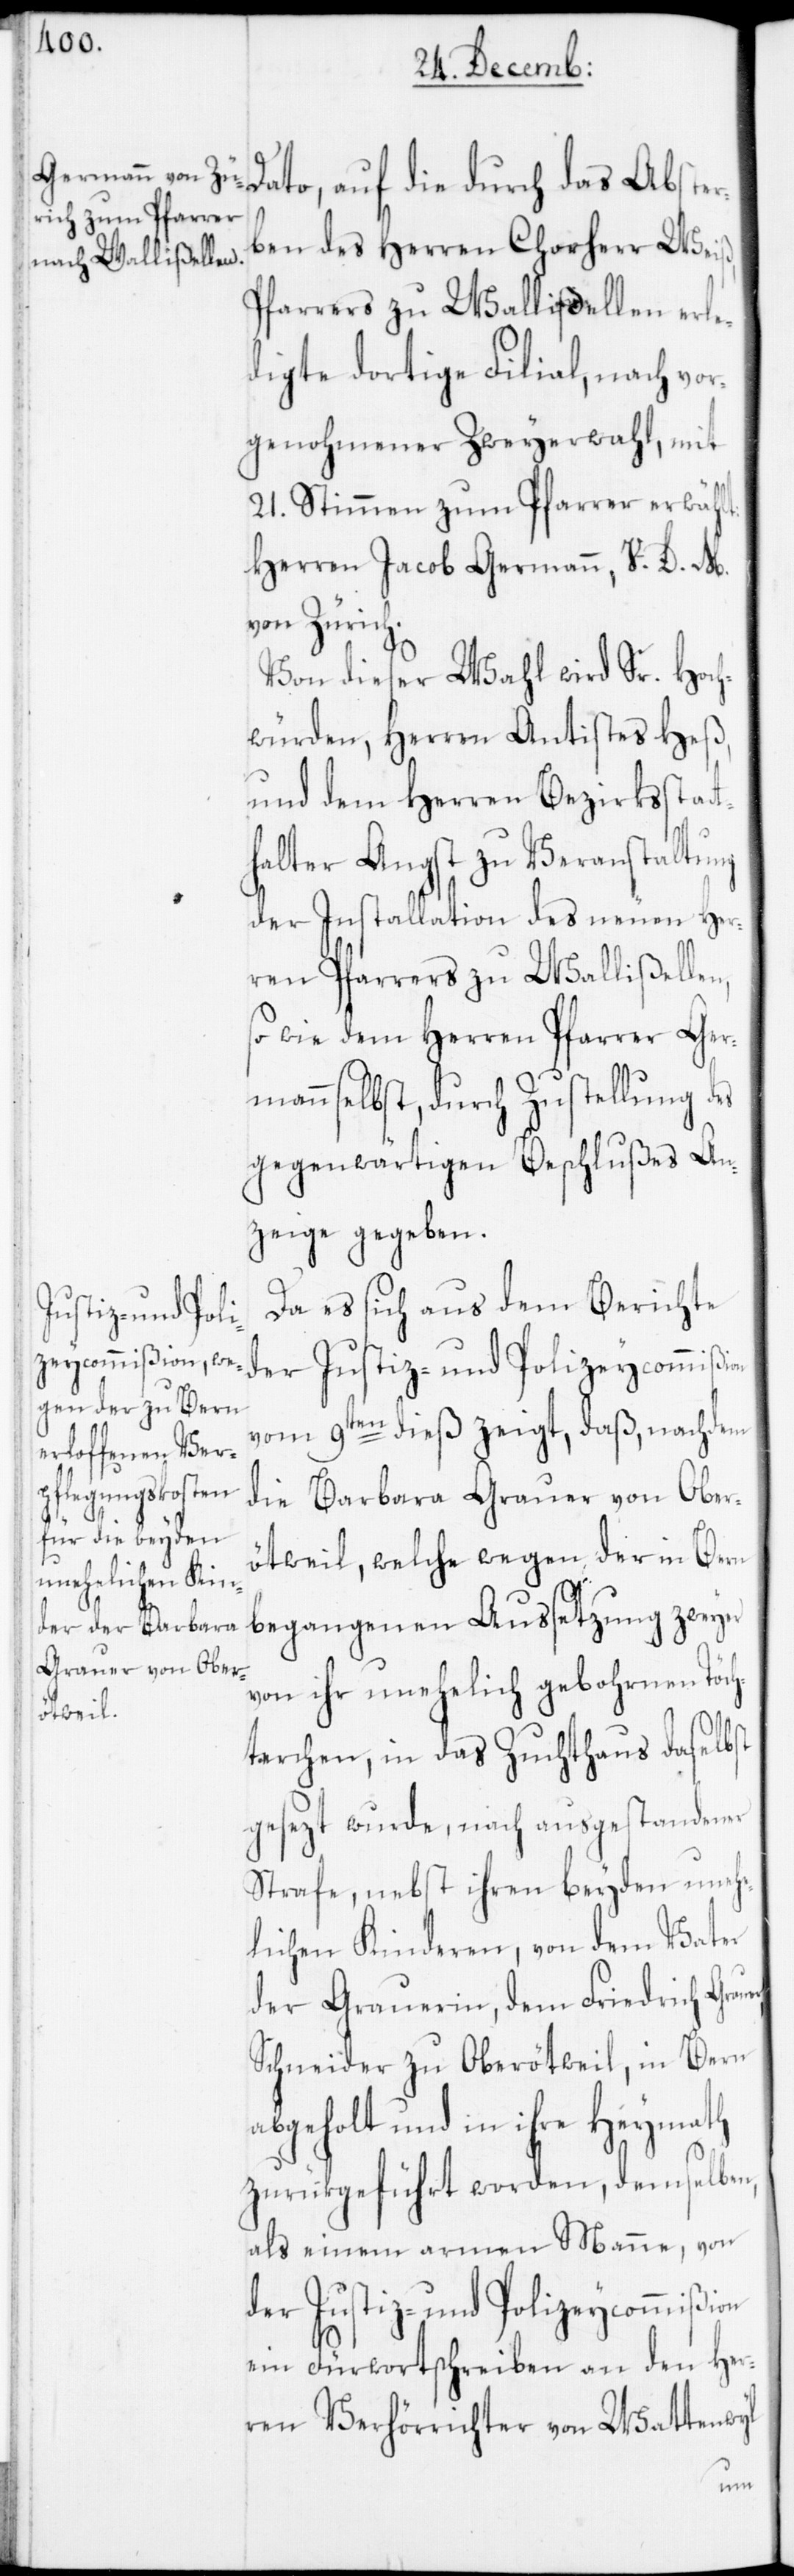
Dato, auf die durch das Abster¬
ben des Herren Chorherr Weiß,
Pfarrers zu Wallißellen, erle¬
digte dortige Filial, nach vor¬
genohmener Zweyerwahl, mit
21. Stimmen zum Pfarrer erwählt:
Herren Jacob Germann, V. D. M.
von Zürich.
Von dieser Wahl wird Sr. Hoch¬
würden, Herren Antistes Heß,
und dem Herren Bezirksstatt¬
halter Angst zu Veranstaltung
der Installation des neuen Her¬
ren Pfarrers zu Wallißelle¬
so wie dem Herren Pfarrer Ger¬
mann selbst, durch Zustellung des
gegenwärtigen Beschlußes An¬
zeige gegeben.
Da es sich aus dem Berichte
vom 9ten dieß zeigt, daß, nachdem
die Barbara Grauer von Ober¬
ötweil, welche wegen der in Bern
begangenen Aussetzung zweyer
von ihr unehelich gebohrnen Töch¬
terchen, in das Zuchthaus daselbst
gesezt wurde, nach ausgestandener
Strafe, nebst ihren beyden uneh¬
elichen Kinderen, von dem Vater
der Grauerin, dem Friedrich Gra¬
Schneider zu Oberötweil, in Bern
abgeholt und in ihre Heymath
zurükgeführt worden, demselben,
als einem armen Manne, von
der Justiz- und Polizeycommißion
ein Fürwortschreiben an den Her¬
ren Verhörrichter von Wattenwyl
uer,